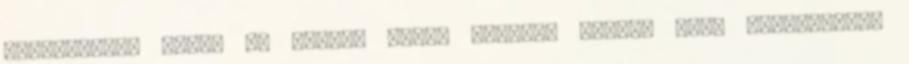
burgonyával 3.300 Ft T-bone steak baconbe tekert sült kukoricával